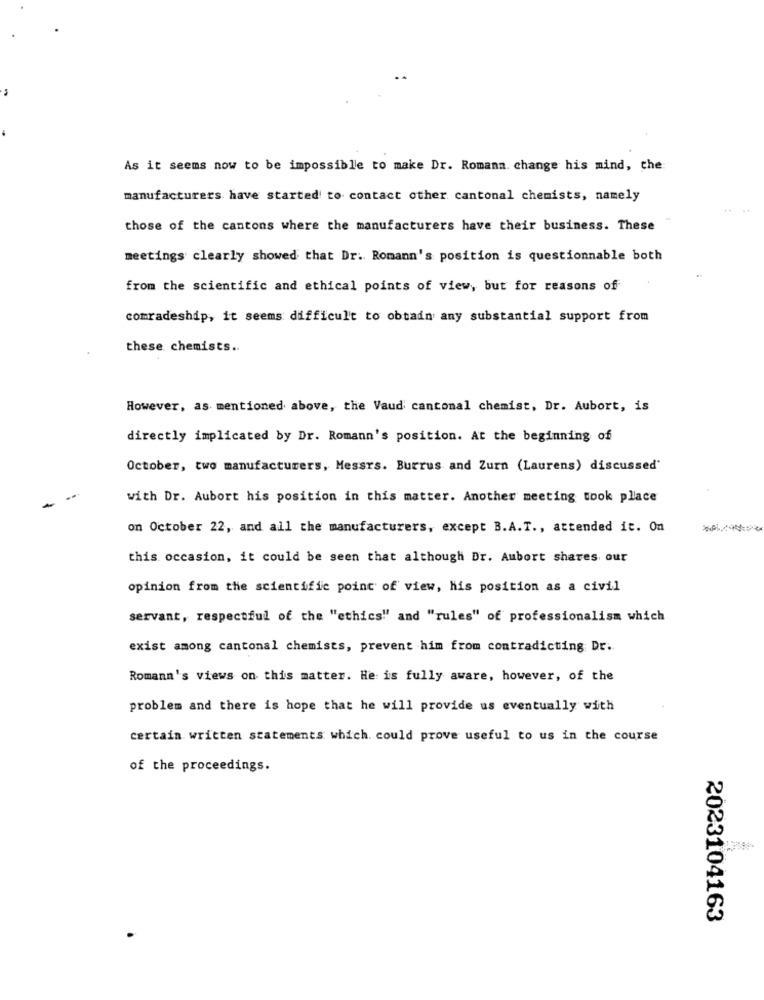
As it seems now to be impossible to make Dr. Romana. change his mind, che
manufacturers have started to contact other cantonal chemists, namely
those of the cantons where the manufacturers have their business. These
meetings clearly showed that Dr. Romann's position is questionnable both
from the scientific and ethical points of view, but for reasons of
comradeship, it seems difficult to obtain any substantial support from
these chemists ..
However, as mentioned above, the Vaud cantonal chemist, Dr. Aubort, is
directly implicated by Dr. Romann's position. At the beginning of
October, two manufacturers, Messrs. Burrus and Zurn (Laurens) discussed'
with Dr. Aubort his position in this matter. Another meeting took place
on October 22, and all the manufacturers, except B.A.T ., attended it. On
this occasion, it could be seen that although Dr. Aubort shares our
opinion from the scientific point of view, his position as a civil
servant, respectful of the "ethics" and "rules" of professionalism which
exist among cantonal chemists, prevent him from contradicting Dr.
Romann's views on this matter. He is fully aware, however, of the
problem and there is hope that he will provide us eventually with
certain written statements which. could prove useful to us in the course
of the proceedings.
2023104163